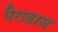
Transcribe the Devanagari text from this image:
पैराडाज